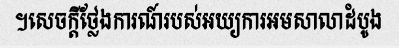
។សេចក្តីថ្លែងការណ៍របស់អយ្យការអមសាលាដំបូង